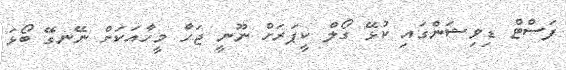
ފަސްޓް ޑިވިޝަންގައި ކުޅޭ ގޯލް ކީޕަރަށް ނޫނީ ޖަހާ މީހާއަކަށް ނޭނގޭ ބޯޅަ